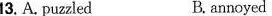
13. A. PuazledB. annnyed